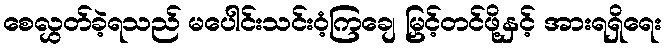
စေလွှတ်ခဲ့ရသည် မပေါင်းသင်းဝံ့ကြချေ မြှင့်တင်ဖို့နှင့် အားရရှိရေး